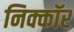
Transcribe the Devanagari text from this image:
निक्कॉर